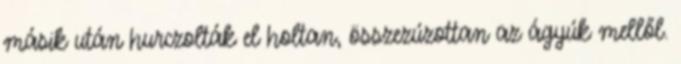
másik után hurczolták el holtan, összezúzottan az ágyúk mellől.